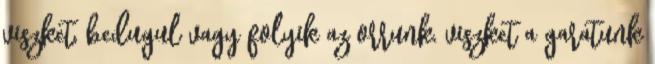
viszket, bedugul vagy folyik az orrunk, viszket a garatunk